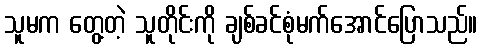
သူမက တွေ့တဲ့ သူတိုင်းကို ချစ်ခင်စုံမက်အောင်ပြောသည်။